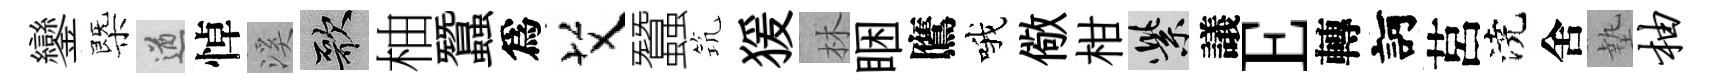
鑾㮣遒悼溪歌柚蠶爲艾蠶𥬑猨林睏鷹哦儆柑紫議E轉訶莒澆舍墊柚